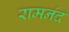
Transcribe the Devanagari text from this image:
रामनंद